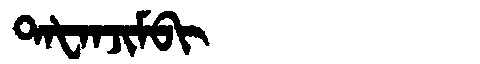
Manchu: ᡨᠠᡶᠠᠨᠵᡳᠮᠪᡳ
Romanization: TAFANJIMBI